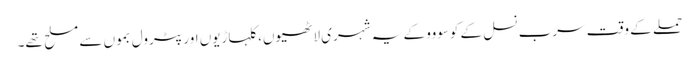
حملے کے وقت سرب نسل کے کوسووو کے یہ شہری لاٹھیوں، کلہاڑیوں اور پٹرول بموں سے مسلح تھے۔